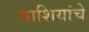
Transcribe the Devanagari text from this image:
वाशियांचे